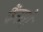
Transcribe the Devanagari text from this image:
कैंसरो